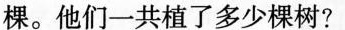
棵。他们一共植了多少棵树?